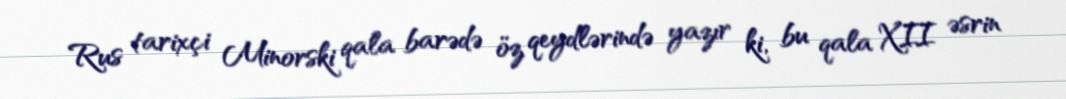
Rus tarixçi Minorski qala barədə öz qeydlərində yazır ki, bu qala XII əsrin